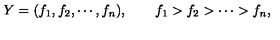
Y = ( f _ { 1 } , f _ { 2 } , \cdots , f _ { n } ) , \qquad f _ { 1 } > f _ { 2 } > \cdots > f _ { n } ,